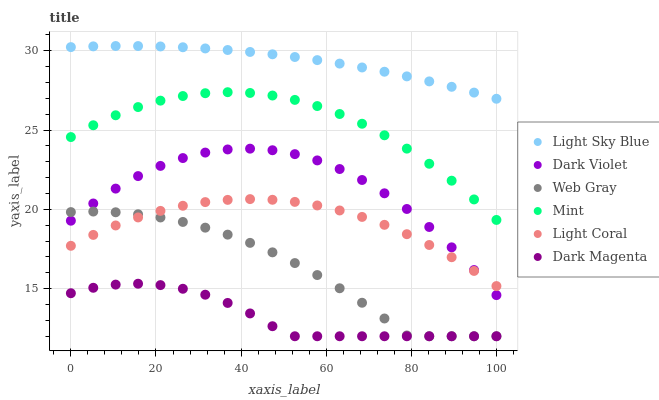
| xaxis_label | Light Sky Blue | Dark Violet | Web Gray | Mint | Light Coral | Dark Magenta |
 | --- | --- | --- | --- | --- | --- | --- |
 | 0 | 30.2 | 19.3 | 19.8 | 24.6 | 17.7 | 14.7 |
 | 5.26 | 30.3 | 20.4 | 19.9 | 25.3 | 18.4 | 15.1 |
 | 10.5 | 30.3 | 21.3 | 19.8 | 25.9 | 19 | 15.3 |
 | 15.8 | 30.3 | 22.1 | 19.7 | 26.4 | 19.5 | 15.3 |
 | 21.1 | 30.3 | 22.7 | 19.5 | 26.9 | 19.9 | 15.2 |
 | 26.3 | 30.2 | 23.2 | 19.2 | 27.1 | 20.2 | 15 |
 | 31.6 | 30.1 | 23.6 | 18.8 | 27.3 | 20.5 | 14.6 |
 | 36.8 | 30 | 23.8 | 18.4 | 27.4 | 20.6 | 14.1 |
 | 42.1 | 29.9 | 23.8 | 17.9 | 27.3 | 20.6 | 13.4 |
 | 47.4 | 29.8 | 23.7 | 17.3 | 27.2 | 20.6 | 12.6 |
 | 52.6 | 29.6 | 23.5 | 16.6 | 26.9 | 20.5 | 12 |
 | 57.9 | 29.4 | 23.1 | 15.9 | 26.5 | 20.2 | 12 |
 | 63.2 | 29.2 | 22.5 | 15 | 26 | 19.9 | 12 |
 | 68.4 | 28.9 | 21.9 | 14.1 | 25.4 | 19.5 | 12 |
 | 73.7 | 28.7 | 21 | 13.1 | 24.7 | 19 | 12 |
 | 78.9 | 28.4 | 20 | 12 | 23.8 | 18.4 | 12 |
 | 84.2 | 28.1 | 18.9 | 12 | 22.9 | 17.8 | 12 |
 | 89.5 | 27.7 | 17.6 | 12 | 21.8 | 17 | 12 |
 | 94.7 | 27.4 | 16.2 | 12 | 20.6 | 16.1 | 12 |
 | 100 | 27 | 14.6 | 12 | 19.3 | 15.2 | 12 |